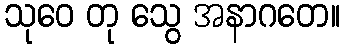
သုဝေ တု သွေ အနာဂတေ။